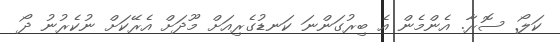
ކަލޯ